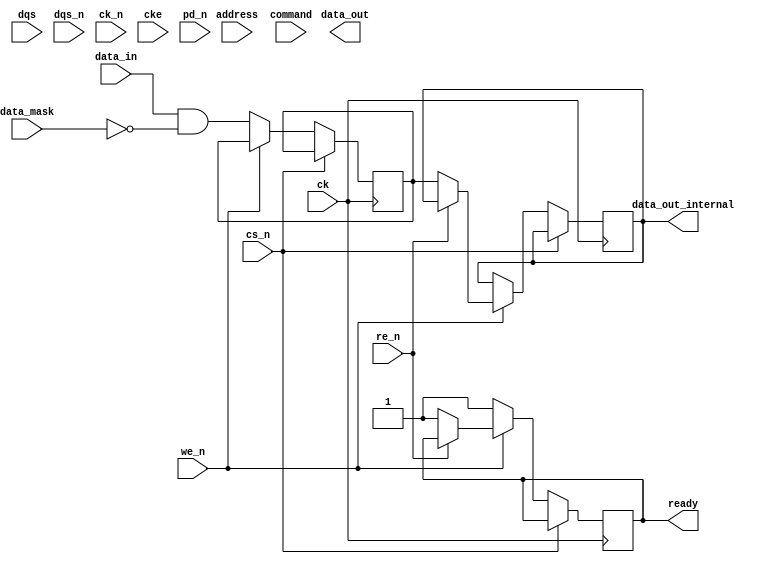
module ddr5_sdram_io_block (
    // Data Interface
    input wire [63:0] data_in,             // 64-bit data input
    output wire [63:0] data_out,            // 64-bit data output
    input wire [7:0] data_mask,             // Data mask for write operations
    input wire dqs,                         // Data strobe signal
    input wire dqs_n,                       // Inverted data strobe signal

    // Clock Interface
    input wire ck,                          // Clock signal
    input wire ck_n,                        // Inverted clock signal
    input wire cke,                         // Clock enable signal

    // Address and Command Interface
    input wire [15:0] address,              // Address signals (A0-A15)
    input wire cs_n,                        // Chip select (active low)
    input wire we_n,                        // Write enable (active low)
    input wire re_n,                        // Read enable (active low)
    input wire [2:0] command,               // Command signals (e.g., READ, WRITE, etc.)
    
    // Power Management
    input wire pd_n,                        // Power down (active low)
    
    // Output Signals
    output reg ready,                       // Ready signal for operation
    output reg [63:0] data_out_internal      // Internal data output buffer
);

// Internal signals
reg [63:0] data_buffer;                    // Buffer for data operations
reg [15:0] addr_reg;                       // Register for address
reg [2:0] cmd_reg;                         // Register for command

// Process to handle read/write operations
always @(posedge ck) begin
    if (!cs_n) begin                       // If chip select is active
        if (!we_n) begin                   // If write enable is low
            // Write operation
            data_buffer <= data_in & ~data_mask; // Apply data mask
            ready <= 1;                   // Operation ready
        end else if (!re_n) begin         // If read enable is low
            // Read operation
            data_out_internal <= data_buffer; // Output the data
            ready <= 1;                   // Operation ready
        end
    end
end

// Dummy process for clock enable
always @(posedge ck) begin
    if (!cke) begin
        // Implement low power mode here
    end
end

// Calibration and training sequences can be added here
// Timing logic to ensure that timing parameters are met can also be added

endmodule